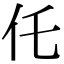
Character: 仛